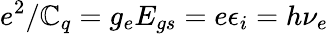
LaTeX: e^{2}/\mathbb{C}_{q}=g_{e}E_{gs}=e\epsilon_{i}=h\nu_{e}